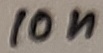
Text: 10n